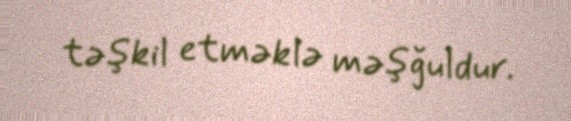
təşkil etməklə məşğuldur.